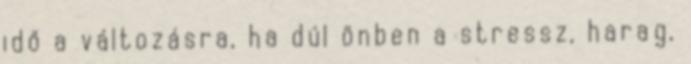
idő a változásra, ha dúl önben a stressz, harag,